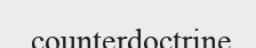
counterdoctrine